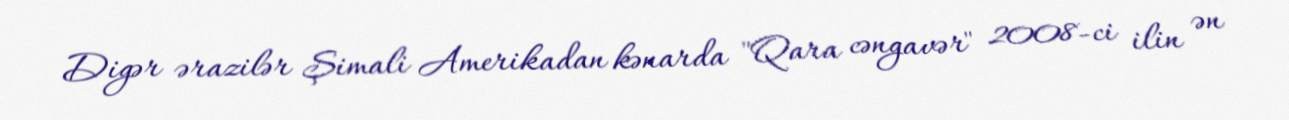
Digər ərazilər Şimali Amerikadan kənarda "Qara cəngavər" 2008-ci ilin ən